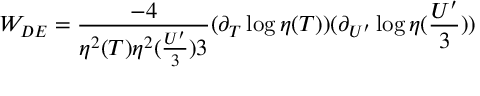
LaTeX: { \cal W } _ { D E } = \frac { - 4 } { \eta ^ { 2 } ( T ) \eta ^ { 2 } ( \frac { U ^ { \prime } } { 3 } ) 3 } ( \partial _ { T } \log \eta ( T ) ) ( \partial _ { U ^ { \prime } } \log \eta ( \frac { U ^ { \prime } } { 3 } ) )